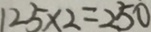
1 2 5 \times 2 = 2 5 0